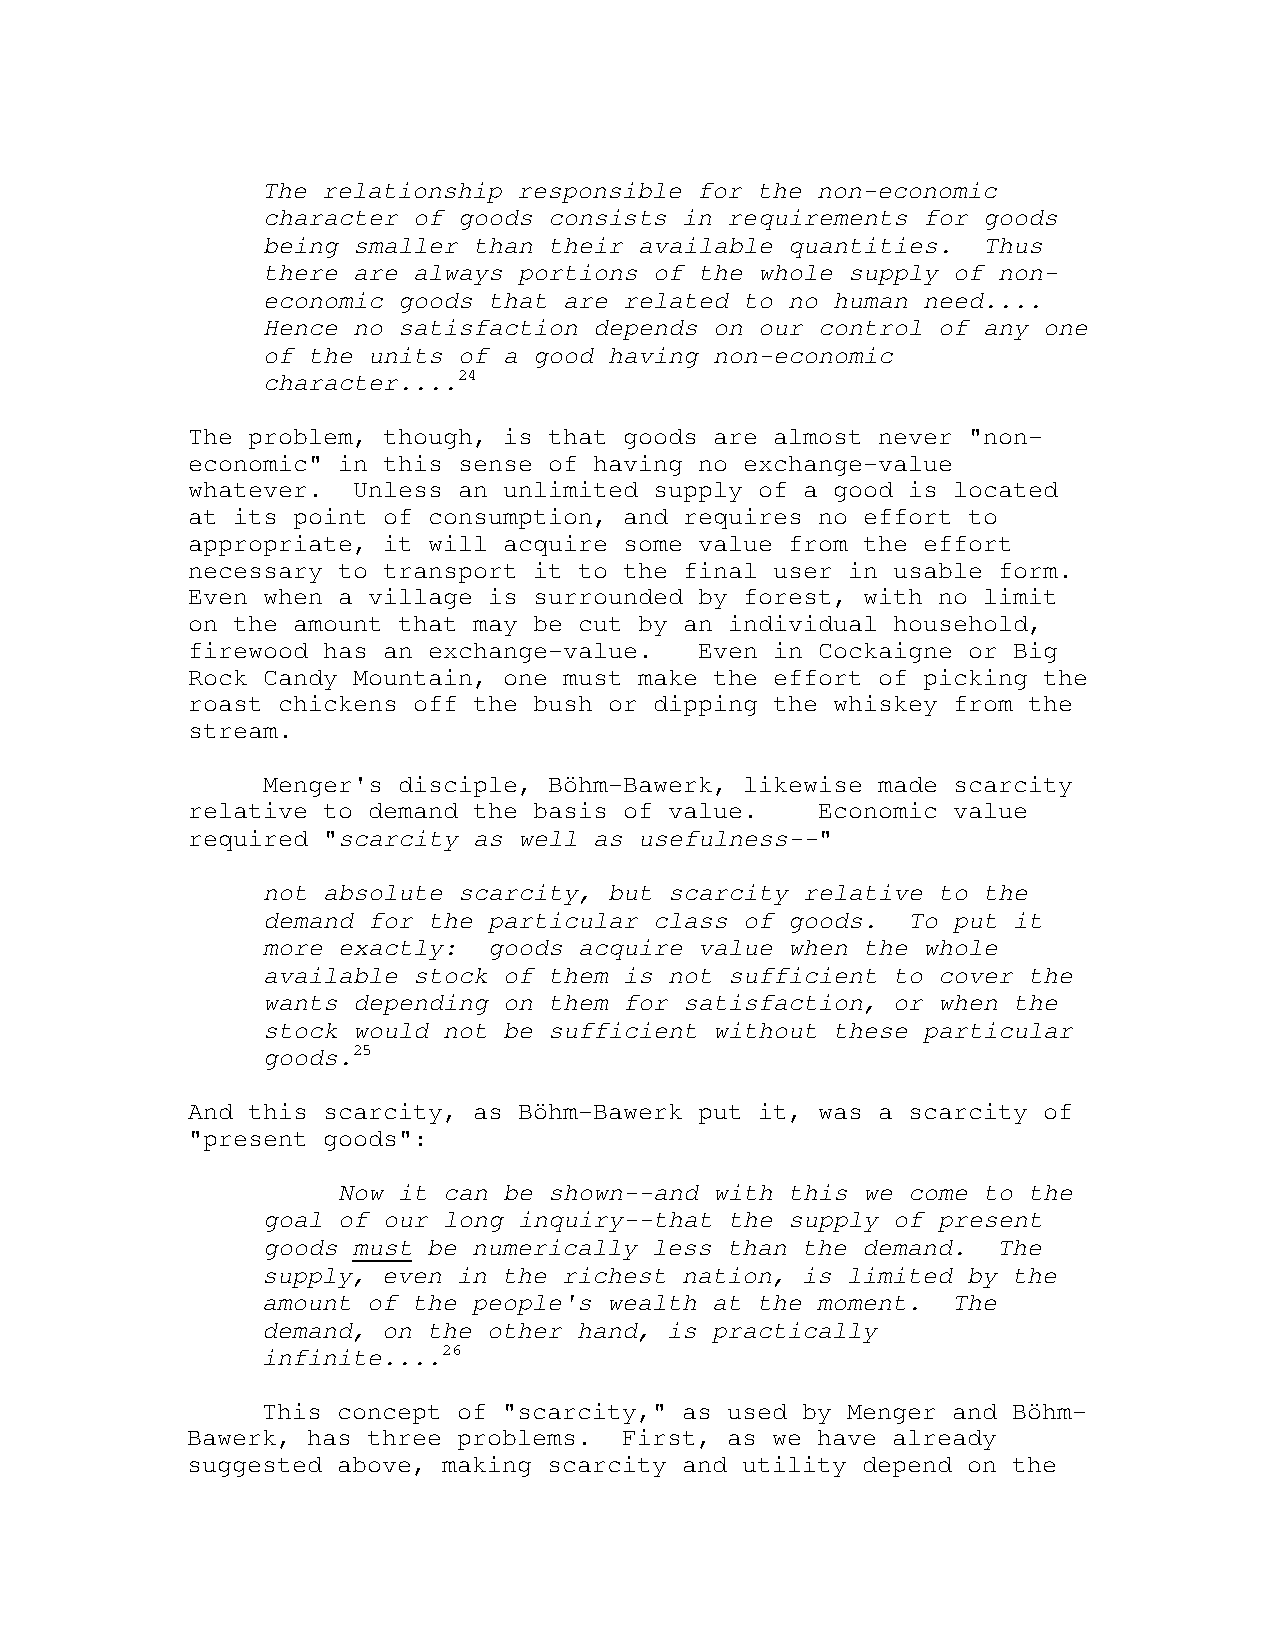
The relationship responsible for the non-economic
 character of goods consists in requirements for goods
 being smaller than their available quantities.  Thus
 there are always portions of the whole supply of non-
 economic goods that are related to no human need....
 Hence no satisfaction depends on our control of any one
 of the units of a good having non-economic
 character....24
 The problem, though, is that goods are almost never "non-
 economic" in this sense of having no exchange-value
 whatever.  Unless an unlimited supply of a good is located
 at its point of consumption, and requires no effort to
 appropriate, it will acquire some value from the effort
 necessary to transport it to the final user in usable form.
 Even when a village is surrounded by forest, with no limit
 on the amount that may be cut by an individual household,
 firewood has an exchange-value.   Even in Cockaigne or Big
 Rock Candy Mountain, one must make the effort of picking the
 roast chickens off the bush or dipping the whiskey from the
 stream.
 Menger's disciple, Böhm-Bawerk, likewise made scarcity
 relative to demand the basis of value.    Economic value
 required "scarcity as well as usefulness--"
 not absolute scarcity, but scarcity relative to the
 demand for the particular class of goods.  To put it
 more exactly:  goods acquire value when the whole
 available stock of them is not sufficient to cover the
 wants depending on them for satisfaction, or when the
 stock would not be sufficient without these particular
 goods.25
 And this scarcity, as Böhm-Bawerk put it, was a scarcity of
 "present goods":
 Now it can be shown--and with this we come to the
 goal of our long inquiry--that the supply of present
 goods must be numerically less than the demand.  The
 supply, even in the richest nation, is limited by the
 amount of the people's wealth at the moment.  The
 demand, on the other hand, is practically
 infinite....26
 This concept of "scarcity," as used by Menger and Böhm-
 Bawerk, has three problems.  First, as we have already
 suggested above, making scarcity and utility depend on the